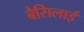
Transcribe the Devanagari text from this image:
बैसिलाई